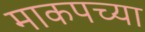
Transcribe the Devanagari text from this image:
माकपच्या